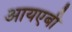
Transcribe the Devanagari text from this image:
आयएबी